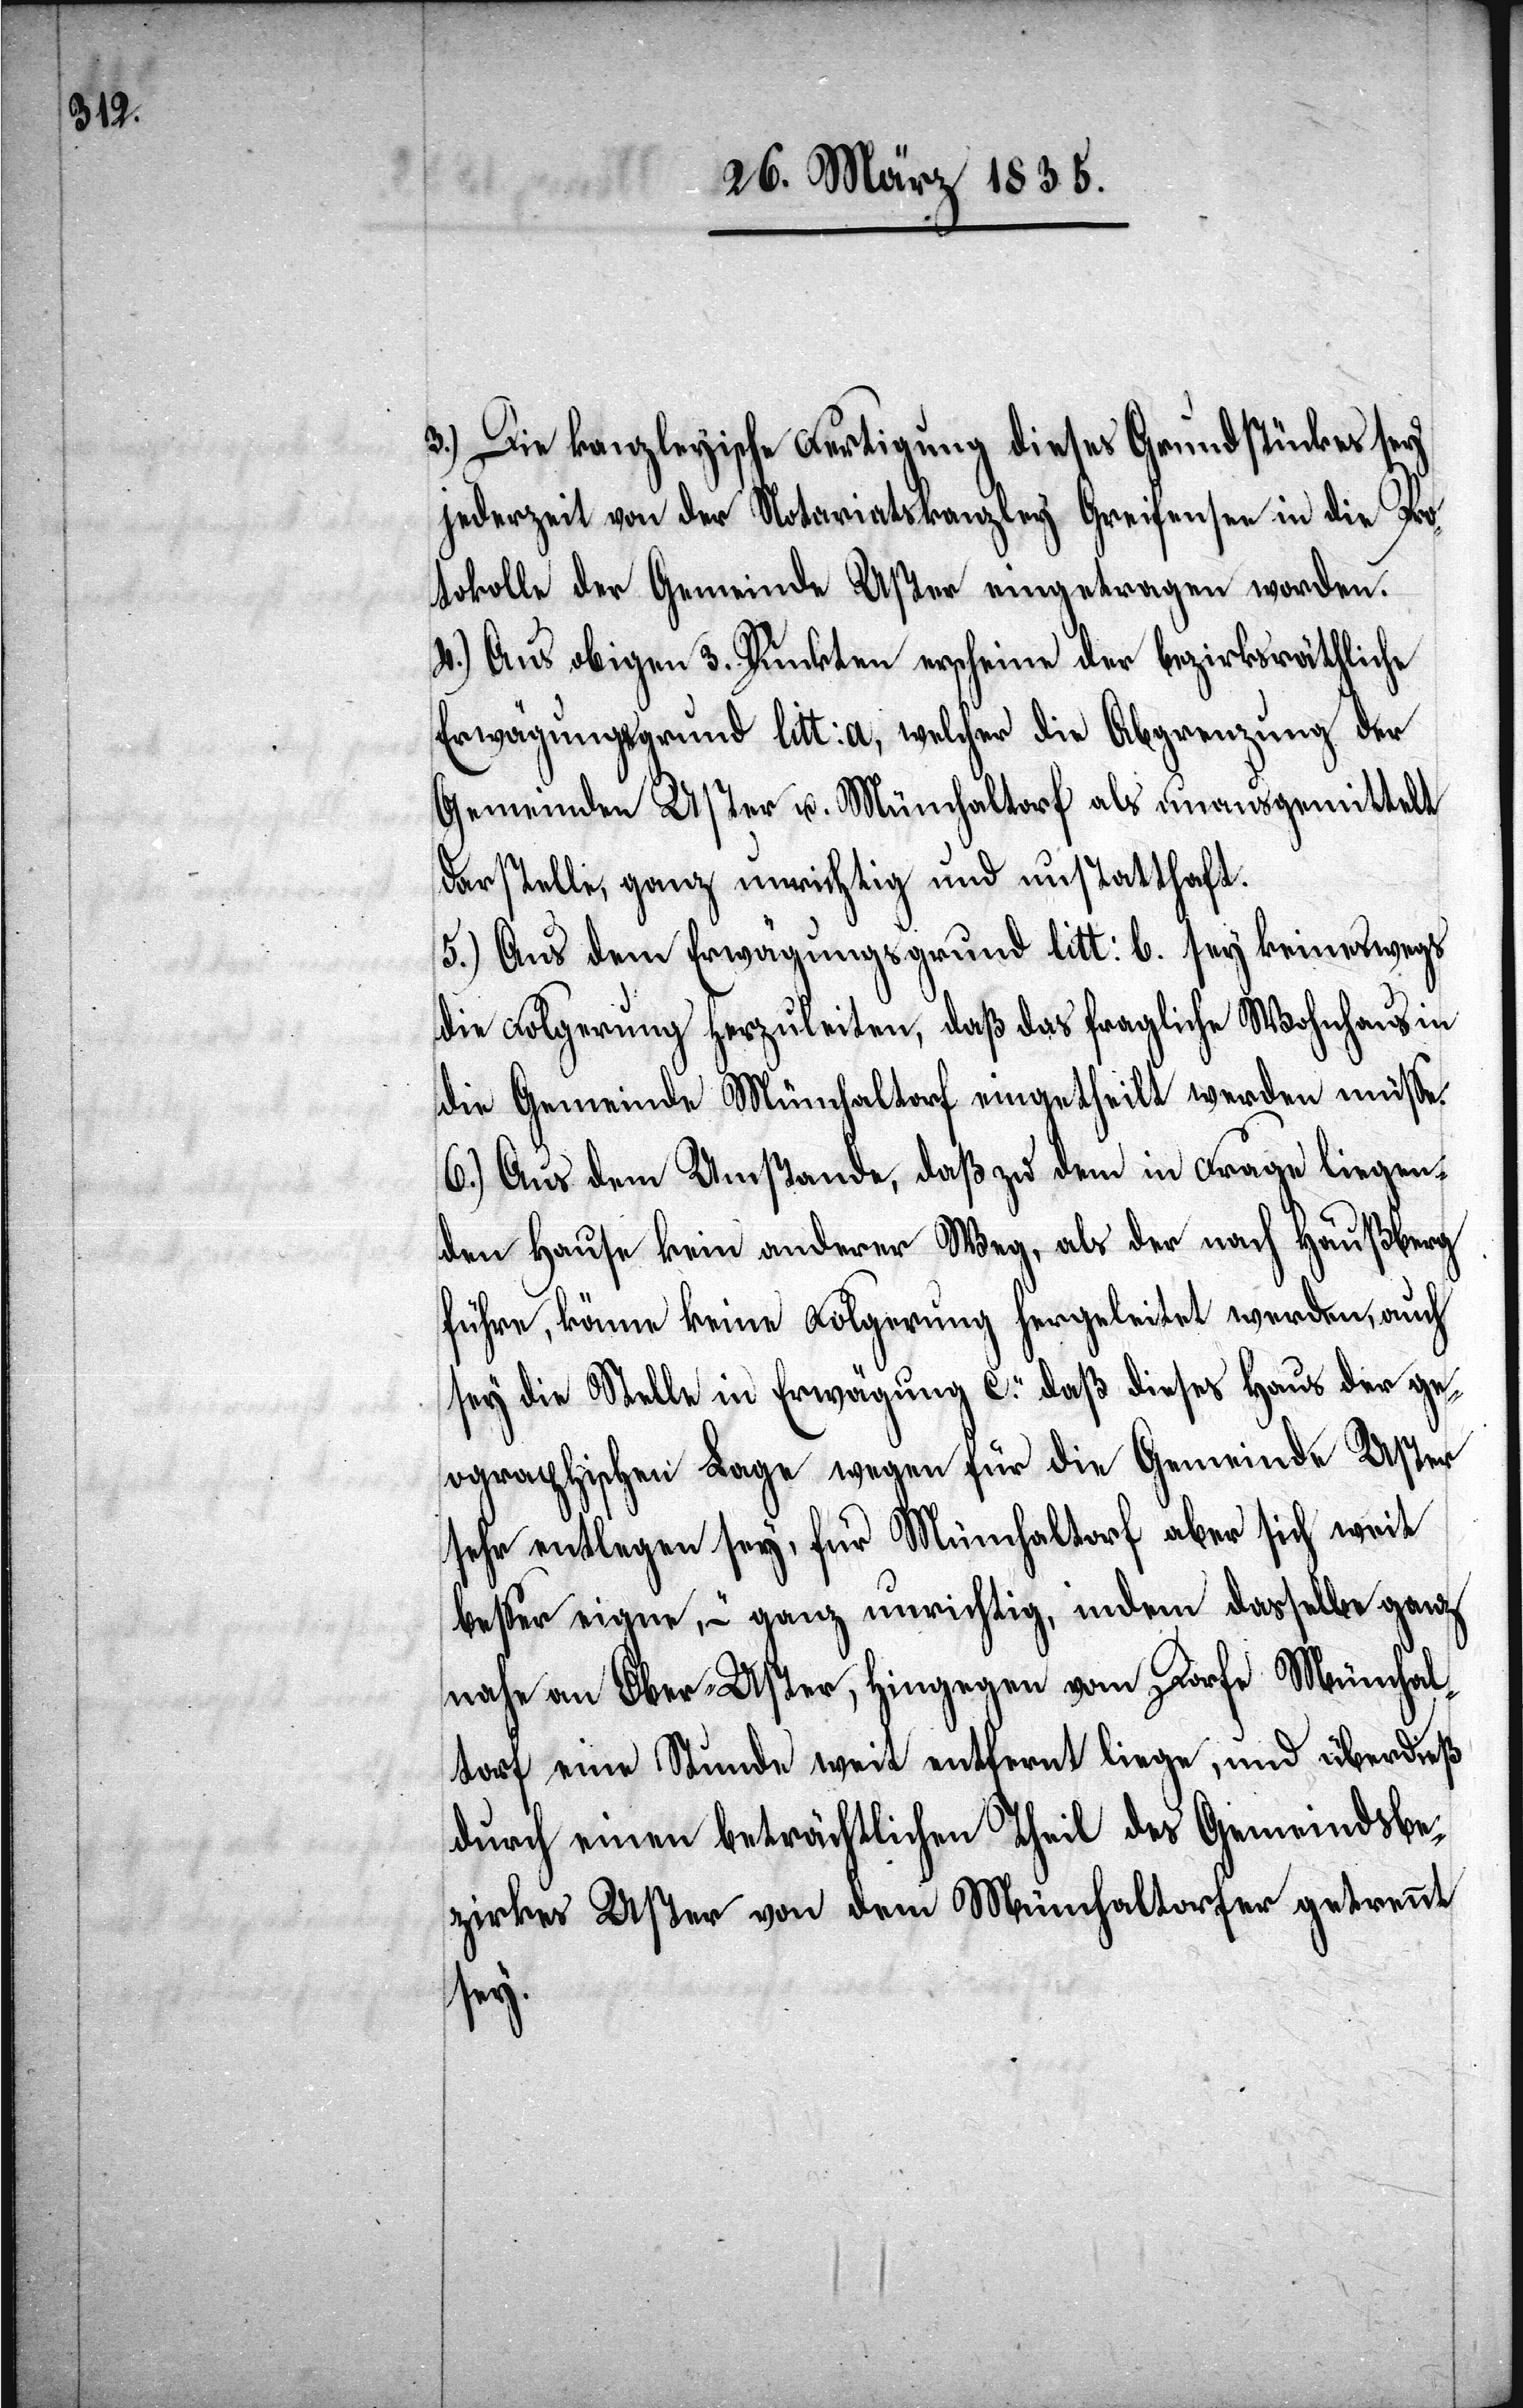
3.) Die kanzleyische Fertigung dieses Grundstückes sey
jederzeit von der Notariatskanzley Greifensee in die Pro¬
tokolle der Gemeinde Uster eingetragen worden.
4.) Aus obigen 3. Punkten erscheine der bezirksräthliche
Erwägungsgrund litt: a, welcher die Abgrenzung der
Gemeinden Uster u. Münchaltorf als unausgemittelt
darstelle, ganz unrichtig und unstatthaft.
5.) Aus dem Erwägungsgrund litt: b. sey keineswegs
die Folgerung herzuleiten, daß das fragliche Wohnhaus in
die Gemeinde Münchaltorf eingetheilt werden müße.
6.) Aus dem Umstande, daß zu dem in Frage liegen¬
den Hause kein anderer Weg, als der nach Häußberg
führe, könne keine Folgerung hergeleitet werden, auch
sey die Stelle in Erwägung C. „daß dieses Haus der ge¬
ographischen Lage wegen für die Gemeinde Uster
sehr entlegen sey, für Münchaltorf aber sich weit
beßer eigne“, – ganz unrichtig, indem dasselbe ganz
nahe an Ober-Uster, hingegen vom Dorfe Münchal¬
torf eine Stunde weit entfernt liege, und überdieß
durch einen beträchtlichen Theil des Gemeindsbe¬
zirkes Uster von dem Münchaltdorfer getrennt
sey.